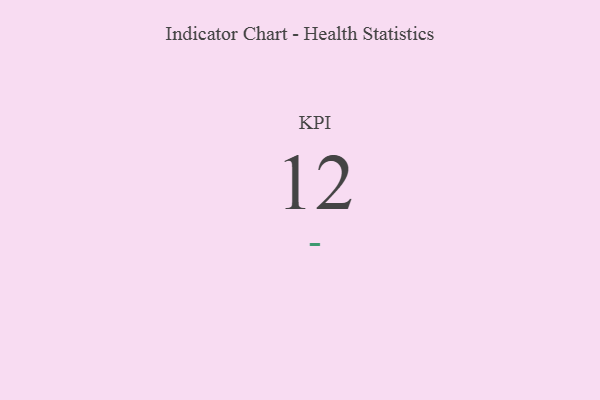
{"axis": {"x": "KPI", "y": "Value"}, "legend": [""], "data": [{"x": "KPI", "y": 12, "type": ""}]}